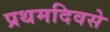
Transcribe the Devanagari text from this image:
प्रथमदिवसे